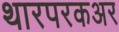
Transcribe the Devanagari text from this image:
थारपरकअर